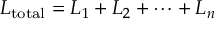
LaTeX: L _ { \mathrm { t o t a l } } = L _ { 1 } + L _ { 2 } + \cdots + L _ { n }